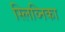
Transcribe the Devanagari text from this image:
स्लिव्निका